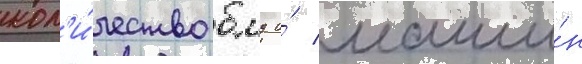
кол'и́чество бмд и́ маши́н